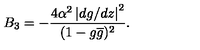
B _ { 3 } = - \frac { 4 \alpha ^ { 2 } \left| d g / d z \right| ^ { 2 } } { ( 1 - g \overline { { g } } ) ^ { 2 } } .